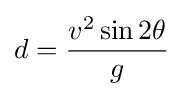
d={\frac {v^{2}\sin 2\theta }{g}}